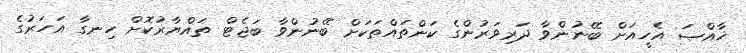
ޚާއްޞަ އެހީއަށް ބޭނުންވާ ދަރިވަރުންގެ ކަންތައްތަކަށް ބޭނުންވާ ބަޖެޓް ތައްޔާރުކޮށް ހިނގާ އަހަރުގެ